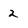
Character: 2